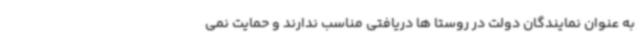
به عنوان نمایندگان دولت در روستا ها دریافتی مناسب ندارند و حمایت نمی